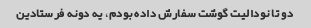
دو تا نودالیت گوشت سفارش داده بودم، یه دونه فرستادین